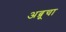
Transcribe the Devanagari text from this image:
अब्रूचा